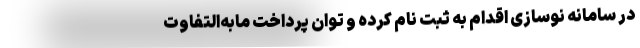
در سامانه نوسازی اقدام به ثبت نام کرده و توان پرداخت مابه‌التفاوت